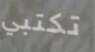
تكتبي